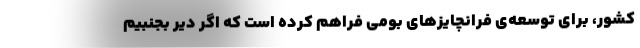
کشور، برای توسعه‌ی فرانچایزهای بومی فراهم کرده است که اگر دیر بجنبیم